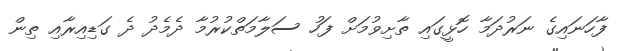
ފާހަނައިގެ ނަރުދަމާ ހޮޅީގައި ތާށިވުމަށް ފަހު ސަލާމަތްކުރުމާ ދެމެދު ދެ ގަޑިއިރާއި ތިން